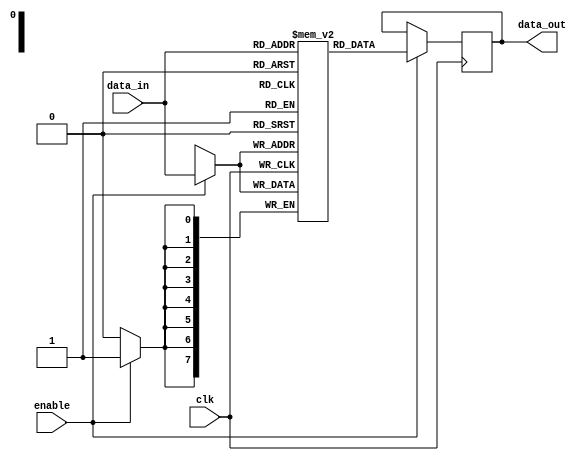
module memory_block (
    input wire clk,          // Main clock signal
    input wire enable,       // Enable signal for clock gating
    input wire [7:0] data_in, // Data input for the memory block
    output reg [7:0] data_out // Data output from the memory block
);

    reg [7:0] memory [0:255]; // Example memory array (256 x 8 bits)

    always @(posedge clk) begin
        if (enable) begin
            // Write data to memory when enabled
            memory[data_in[7:0]] <= data_in; // Example write operation
            data_out <= memory[data_in[7:0]]; // Example read operation
        end
    end

endmodule